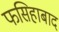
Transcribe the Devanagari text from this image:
फसिहाबाद